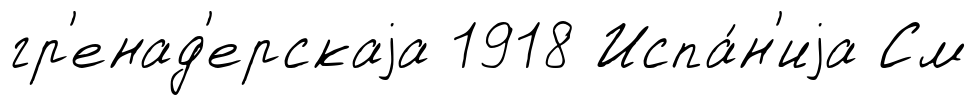
гр'енад'ерскаjа 1918 Испа́н'иjа См